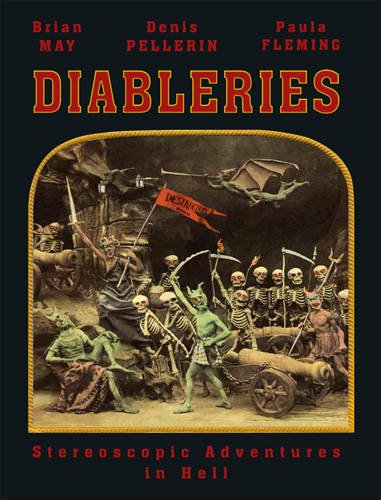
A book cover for Diableries: Stereoscopic Adventures in Hell; Brian May; Humor & Entertainment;